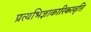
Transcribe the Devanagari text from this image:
प्रत्यभिज्ञाकारिकावृत्ति